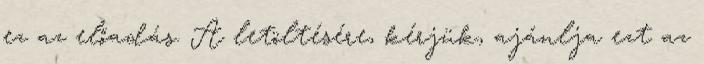
ez az előadás. A letöltésére, kérjük, ajánlja ezt az